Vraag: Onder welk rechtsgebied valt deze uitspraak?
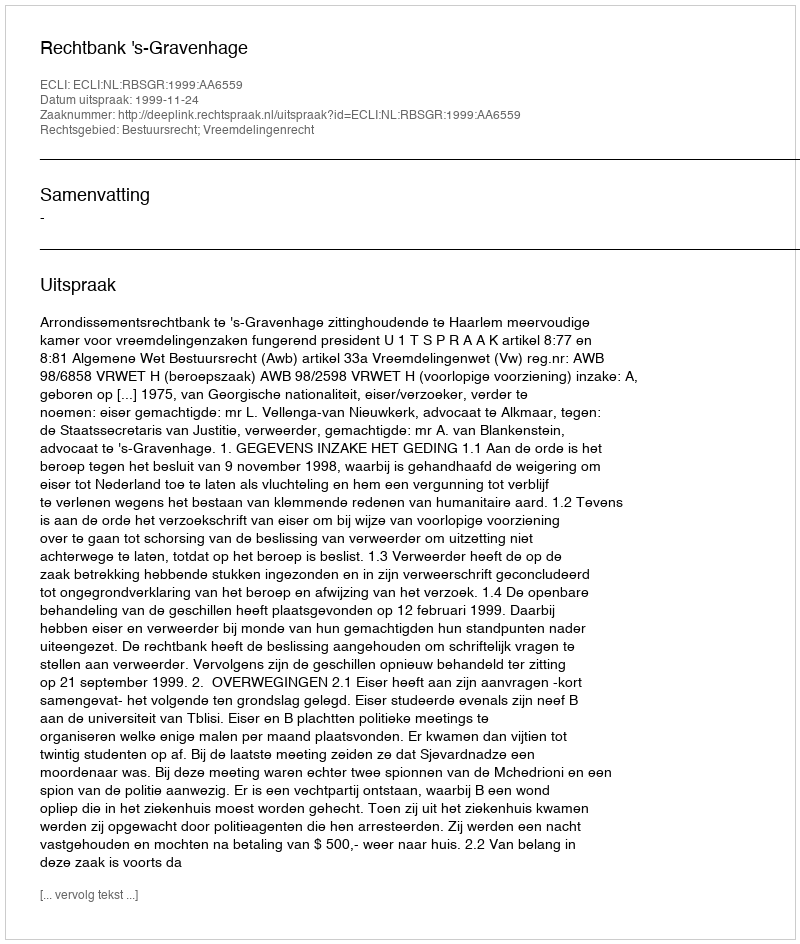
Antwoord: Bestuursrecht; Vreemdelingenrecht